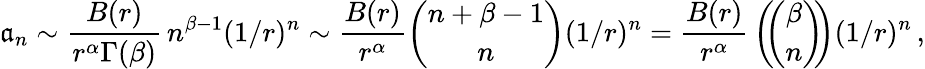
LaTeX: \mathfrak{a}_{n}\sim{\frac{{B(r)}}{{r^{\alpha}\Gamma(\beta)}}}\, n^{\beta-1}(1/r)^{n}\sim{\frac{{B(r)}}{{r^{\alpha}}}}{\binom{n+\beta-1}{n}}(1/r)^{n}={\frac{{B(r)}}{{r^{\alpha}}}}\left(\! \! {\binom{\beta}{n}}\! \! \right)(1/r)^{n}\, ,